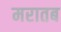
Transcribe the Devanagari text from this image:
मरातब